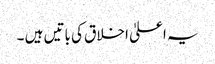
یہ اعلیٰ اخلاق کی باتیں ہیں ۔